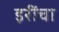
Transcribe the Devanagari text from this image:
इरींचा